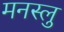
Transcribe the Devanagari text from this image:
मनस्लु